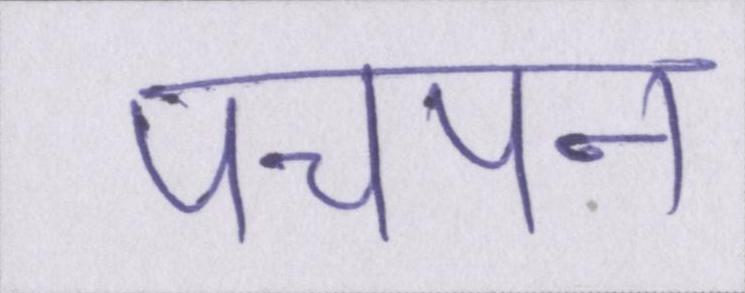
पचपन